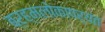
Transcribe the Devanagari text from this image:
ब्रह्मलोकापर्यंत